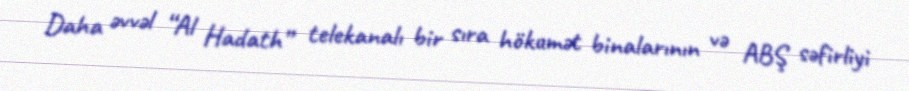
Daha əvvəl “Al Hadath” telekanalı bir sıra hökumət binalarının və ABŞ səfirliyi